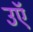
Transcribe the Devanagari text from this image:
उऍ